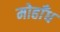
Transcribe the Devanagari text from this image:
मोहाँध